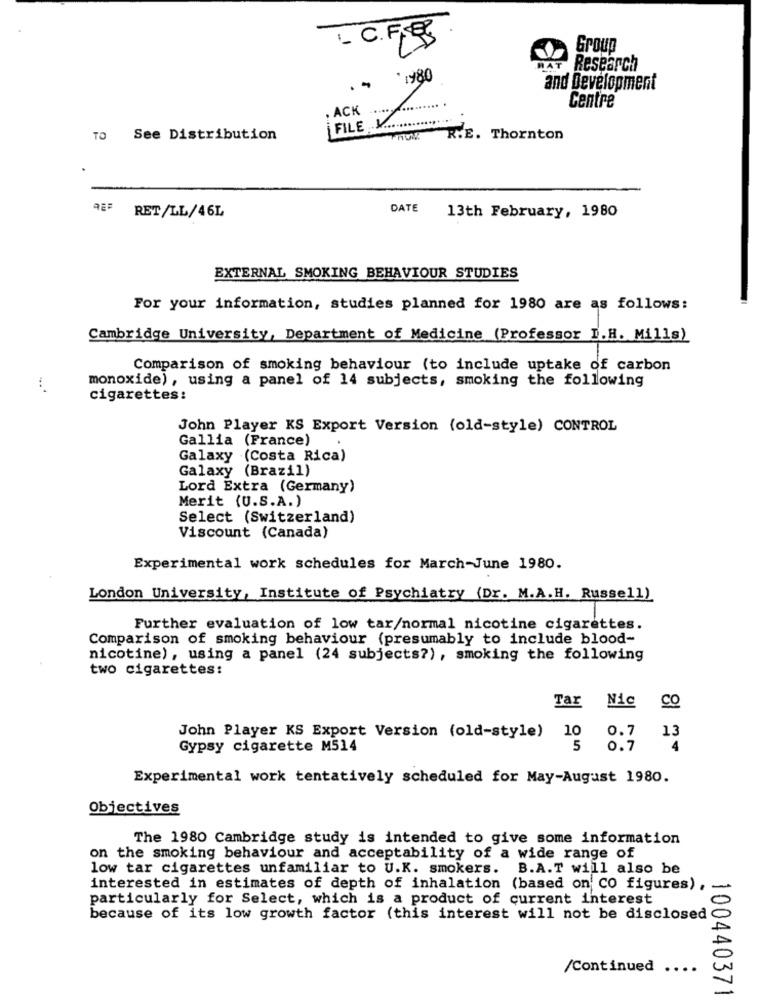
C.
Group
Research
1980
and Development
, ACK
Centre
¡FILE V.
TO See Distribution
R.E. Thornton
DATE
RET/LL/46L
13th February, 1980
EXTERNAL SMOKING BEHAVIOUR STUDIES
For your information, studies planned for 1980 are as follows:
Cambridge University, Department of Medicine (Professor I.H. Mills)
Comparison of smoking behaviour (to include uptake of carbon
monoxide), using a panel of 14 subjects, smoking the following
cigarettes:
John Player KS Export Version (old-style) CONTROL
Gallia (France)
Galaxy (Costa Rica)
Galaxy (Brazil)
Lord Extra (Germany)
Merit (U.S.A.)
Select (Switzerland)
Viscount (Canada)
Experimental work schedules for March-June 1980.
London University, Institute of Psychiatry (Dr. M.A.H. Russell)
Further evaluation of low tar/normal nicotine cigarettes.
Comparison of smoking behaviour (presumably to include blood-
nicotine), using a panel (24 subjects?), smoking the following
two cigarettes:
Tar
Nic
co
10
John Player KS Export Version (old-style)
0.7
13
Gypsy cigarette M514
5
0.7
4
Experimental work tentatively scheduled for May-August 1980.
Objectives
The 1980 Cambridge study is intended to give some information
on the smoking behaviour and acceptability of a wide range of
low tar cigarettes unfamiliar to U.K. smokers. B.A.T will also be
interested in estimates of depth of inhalation (based on' CO figures) ,
particularly for Select, which is a product of current interest
because of its low growth factor (this interest will not be disclosed
/Continued
....
100440371